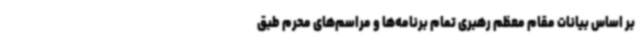
بر اساس بیانات مقام معظم رهبری تمام برنامه‌ها و مراسم‌های محرم طبق